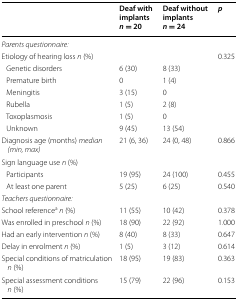
|  | Deaf with implantsn = 20 | Deaf without implantsn = 24 | p |
 | --- | --- | --- | --- |
 | <COLSPAN=4> Parents questionnaire: |
 | Etiology of hearing loss n (%) |  |  | 0.325 |
 | Genetic disorders | 6 (30) | 8 (33) |  |
 | Premature birth | 0 | 1 (4) |  |
 | Meningitis | 3 (15) | 0 |  |
 | Rubella | 1 (5) | 2 (8) |  |
 | Toxoplasmosis | 1 (5) | 0 |  |
 | Unknown | 9 (45) | 13 (54) |  |
 | Diagnosis age (months) median (min, max) | 21 (6, 36) | 24 (0, 48) | 0.866 |
 | Sign language use n (%) |  |  |  |
 | Participants | 19 (95) | 24 (100) | 0.455 |
 | At least one parent | 5 (25) | 6 (25) | 0.540 |
 | <COLSPAN=4> Teachers questionnaire: |
 | School referencean (%) | 11 (55) | 10 (42) | 0.378 |
 | Was enrolled in preschool n (%) | 18 (90) | 22 (92) | 1.000 |
 | Had an early intervention n (%) | 8 (40) | 8 (33) | 0.647 |
 | Delay in enrolment n (%) | 1 (5) | 3 (12) | 0.614 |
 | Special conditions of matriculation n (%) | 18 (95) | 19 (83) | 0.363 |
 | Special assessment conditions n (%) | 15 (79) | 22 (96) | 0.153 |